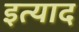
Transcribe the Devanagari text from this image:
इत्याद